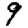
Digit: 9